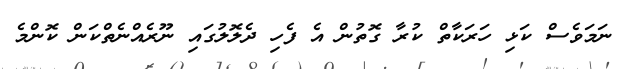
ނަމަވެސް ކަޅި ހަރަކާތް ކުރާ ގޮތުން އެ ފެހި ދެލޮލުގައި ނޫރެއްނެތްކަން ކޮންމެ